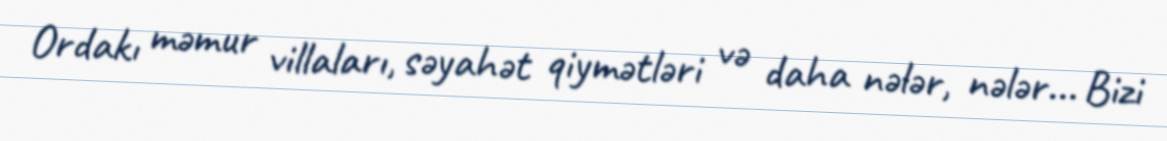
Ordakı məmur villaları, səyahət qiymətləri və daha nələr, nələr... Bizi